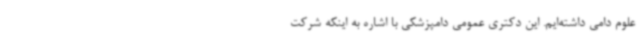
علوم دامی داشته‌ایم. این دکتری عمومی دامپزشکی با اشاره به اینکه شرکت